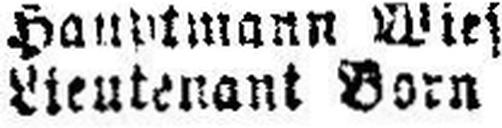
Lientenant Born